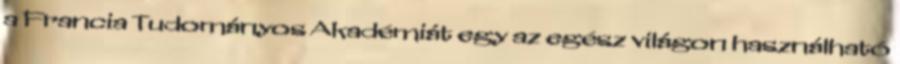
a Francia Tudományos Akadémiát egy az egész világon használható